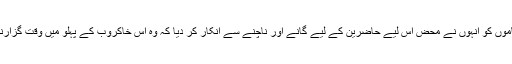
کئی حسین شاموں کو انہوں نے محض اس لیے حاضرین کے لیے گانے اور ناچنے سے انکار کر دیا کہ وہ اس خاکروب کے پہلو میں وقت گزارنا چاہتی تھیں۔